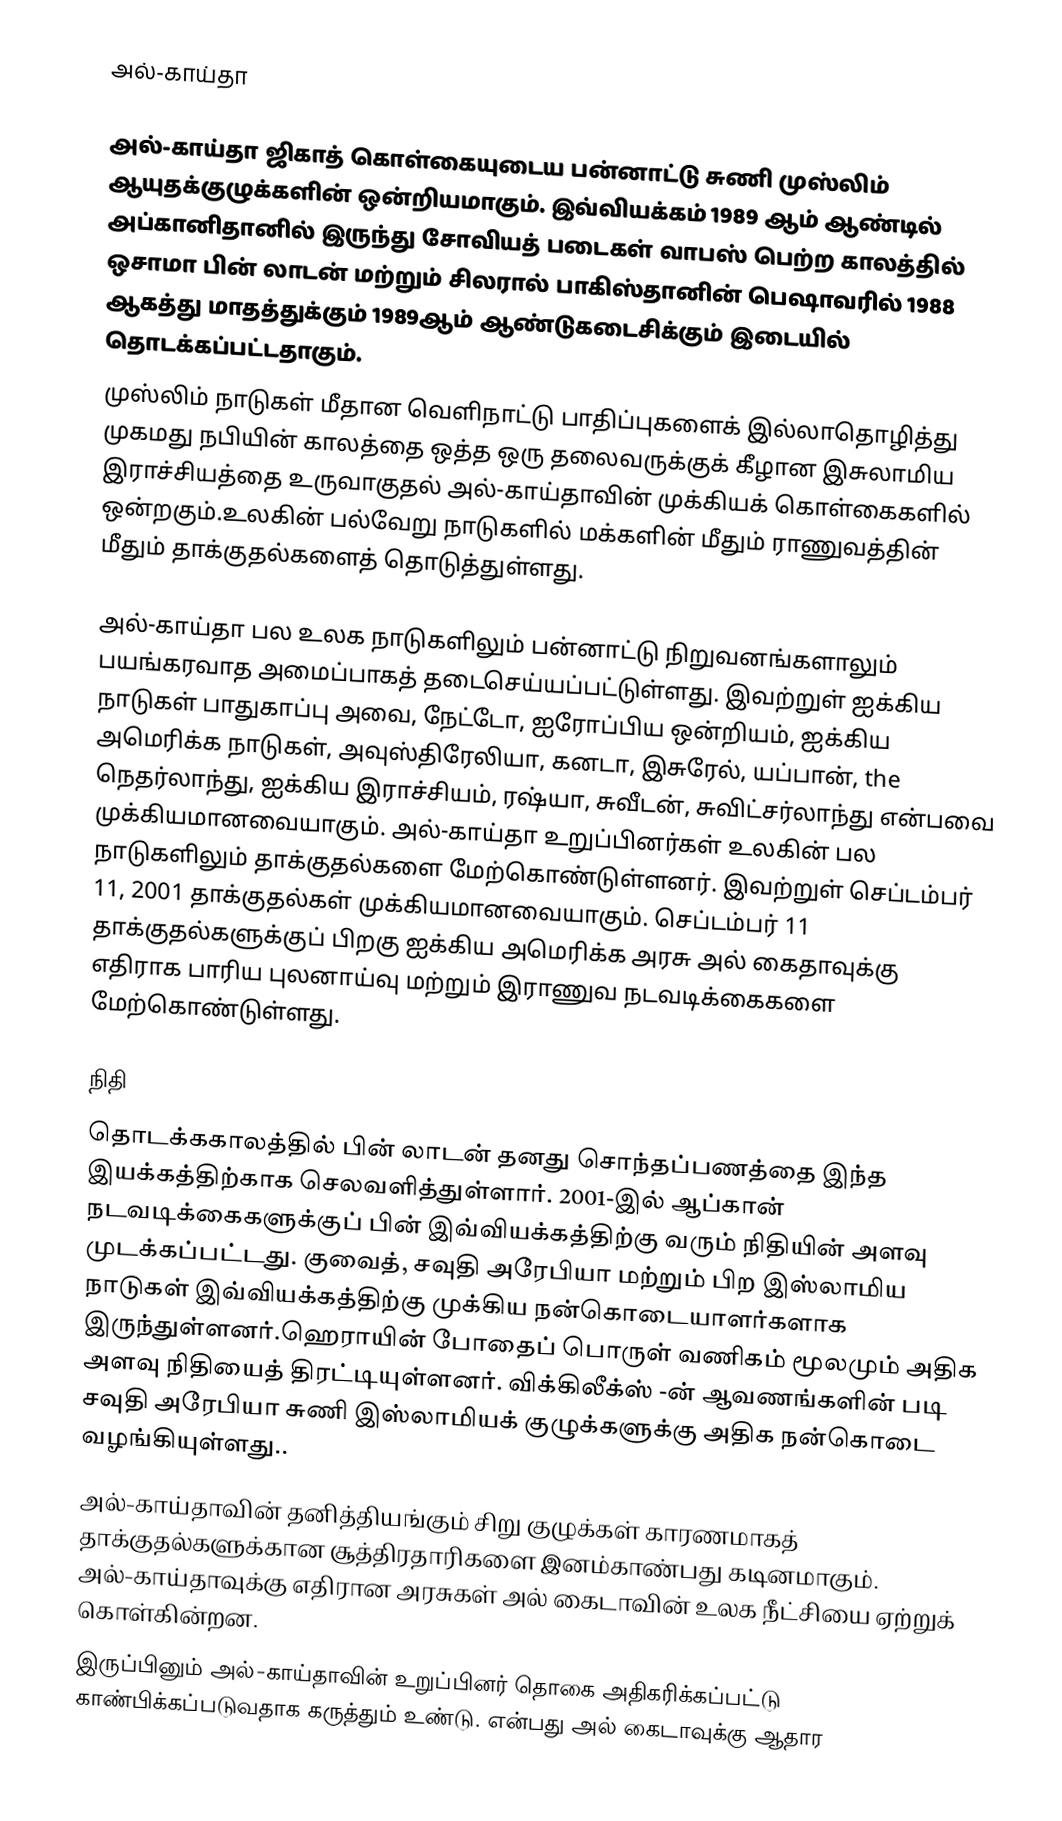
அல்-காய்தா

அல்-காய்தா ஜிகாத் கொள்கையுடைய பன்னாட்டு சுணி முஸ்லிம் ஆயுதக்குழுக்களின் ஒன்றியமாகும். இவ்வியக்கம் 1989 ஆம் ஆண்டில் அப்கானிதானில் இருந்து சோவியத் படைகள் வாபஸ் பெற்ற காலத்தில் ஒசாமா பின் லாடன் மற்றும் சிலரால் பாகிஸ்தானின் பெஷாவரில் 1988 ஆகத்து மாதத்துக்கும் 1989ஆம் ஆண்டுகடைசிக்கும் இடையில் தொடக்கப்பட்டதாகும்.
 முஸ்லிம் நாடுகள் மீதான வெளிநாட்டு பாதிப்புகளைக் இல்லாதொழித்து முகமது நபியின் காலத்தை ஒத்த ஒரு தலைவருக்குக் கீழான இசுலாமிய இராச்சியத்தை உருவாகுதல் அல்-காய்தாவின் முக்கியக் கொள்கைகளில் ஒன்றகும்.உலகின் பல்வேறு நாடுகளில் மக்களின் மீதும் ராணுவத்தின் மீதும் தாக்குதல்களைத் தொடுத்துள்ளது.

அல்-காய்தா பல உலக நாடுகளிலும் பன்னாட்டு நிறுவனங்களாலும் பயங்கரவாத அமைப்பாகத் தடைசெய்யப்பட்டுள்ளது. இவற்றுள் ஐக்கிய நாடுகள் பாதுகாப்பு அவை, நேட்டோ, ஐரோப்பிய ஒன்றியம், ஐக்கிய அமெரிக்க நாடுகள், அவுஸ்திரேலியா, கனடா, இசுரேல், யப்பான், the நெதர்லாந்து, ஐக்கிய இராச்சியம், ரஷ்யா, சுவீடன், சுவிட்சர்லாந்து என்பவை முக்கியமானவையாகும். அல்-காய்தா உறுப்பினர்கள் உலகின் பல நாடுகளிலும் தாக்குதல்களை மேற்கொண்டுள்ளனர். இவற்றுள் செப்டம்பர் 11, 2001 தாக்குதல்கள் முக்கியமானவையாகும். செப்டம்பர் 11 தாக்குதல்களுக்குப் பிறகு ஐக்கிய அமெரிக்க அரசு அல் கைதாவுக்கு எதிராக பாரிய புலனாய்வு மற்றும் இராணுவ நடவடிக்கைகளை மேற்கொண்டுள்ளது.

நிதி
தொடக்ககாலத்தில் பின் லாடன் தனது சொந்தப்பணத்தை இந்த இயக்கத்திற்காக செலவளித்துள்ளார். 2001-இல் ஆப்கான் நடவடிக்கைகளுக்குப் பின் இவ்வியக்கத்திற்கு வரும் நிதியின் அளவு முடக்கப்பட்டது. குவைத், சவுதி அரேபியா மற்றும் பிற இஸ்லாமிய நாடுகள் இவ்வியக்கத்திற்கு முக்கிய நன்கொடையாளர்களாக இருந்துள்ளனர்.ஹெராயின் போதைப் பொருள் வணிகம் மூலமும் அதிக அளவு நிதியைத் திரட்டியுள்ளனர். விக்கிலீக்ஸ் -ன் ஆவணங்களின் படி சவுதி அரேபியா சுணி இஸ்லாமியக் குழுக்களுக்கு அதிக நன்கொடை வழங்கியுள்ளது..
அல்-காய்தாவின் தனித்தியங்கும் சிறு குழுக்கள் காரணமாகத் தாக்குதல்களுக்கான சூத்திரதாரிகளை இனம்காண்பது கடினமாகும். அல்-காய்தாவுக்கு எதிரான அரசுகள் அல் கைடாவின் உலக நீட்சியை ஏற்றுக் கொள்கின்றன.
இருப்பினும் அல்-காய்தாவின் உறுப்பினர் தொகை அதிகரிக்கப்பட்டு காண்பிக்கப்படுவதாக கருத்தும் உண்டு.  என்பது அல் கைடாவுக்கு ஆதார